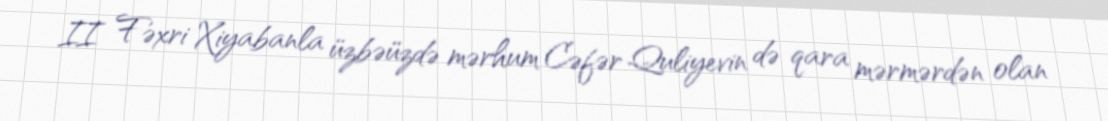
II Fəxri Xiyabanla üzbəüzdə mərhum Cəfər Quliyevin də qara mərmərdən olan